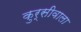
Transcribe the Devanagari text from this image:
कुर्सीवाला